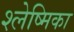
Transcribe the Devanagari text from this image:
श्‍लेष्मिका